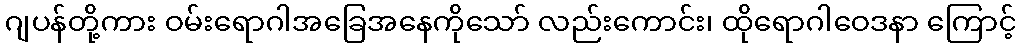
ဂျပန်တို့ကား ဝမ်းရောဂါအခြေအနေကိုသော် လည်းကောင်း၊ ထိုရောဂါဝေဒနာ ကြောင့်